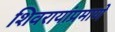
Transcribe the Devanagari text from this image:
शिवरायांप्रमाणे